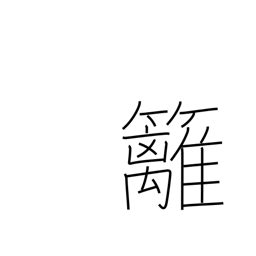
Meaning: bamboo hedge